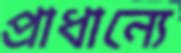
প্রাধান্যে